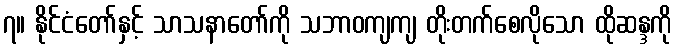
၇။ နိုင်ငံတော်နှင့် သာသနာတော်ကို သဘာဝကျကျ တိုးတက်စေလိုသော ထိုဆန္ဒကို